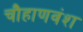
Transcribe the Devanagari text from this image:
चौहाणवंश